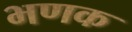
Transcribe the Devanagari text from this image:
भणक